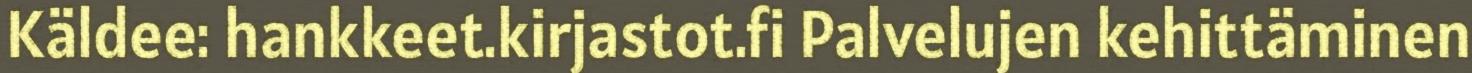
Käldee: hankkeet.kirjastot.fi Palvelujen kehittäminen